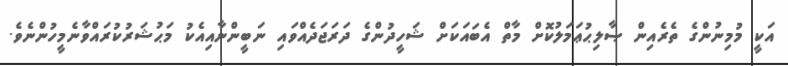
އަކީ މުމިނުންގެ ތެރެއިން ޞާލިޙުޢަމަލުކޮށް މާތް އެބައަކަށް ޝަހީދުންގެ ދަރަޖަދެއްވައި ނަބީންނާއިއެކު މަޙުޝަރުކުރައްވާނެމީހުންނެވެ.